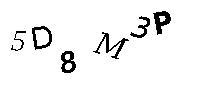
5D8M3P